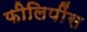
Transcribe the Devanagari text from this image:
फीलिपींस